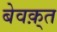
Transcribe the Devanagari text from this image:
बेवक़्त